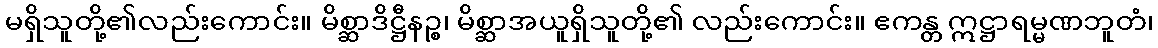
မရှိသူတို့၏လည်းကောင်း။ မိစ္ဆာဒိဋ္ဌီနဉ္စ၊ မိစ္ဆာအယူရှိသူတို့၏ လည်းကောင်း။ ဧကန္တ ဣဋ္ဌာရမ္မဏဘူတံ၊